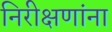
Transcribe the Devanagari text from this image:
निरीक्षणांना